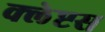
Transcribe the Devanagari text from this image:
क्लेप्टस